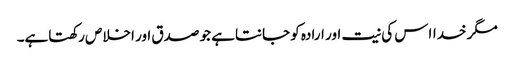
مگر خدااس کی نیت اور ارادہ کو جانتاہے جو صدق اور اخلاص رکھتاہے۔